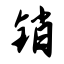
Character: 销